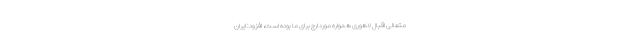
متعالی اقبال لاهوری همواره مورد ارج برای ما بوده است، افزود: ایران